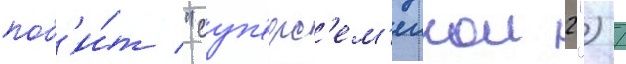
поб'и́т "суп'ерс'ем'еикои 2") /